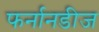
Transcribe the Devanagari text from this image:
फर्नानडीज